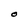
Character: O